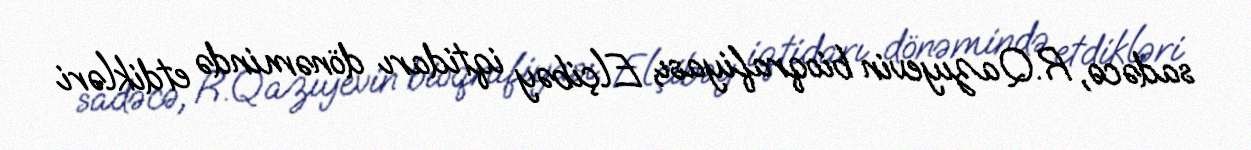
sadəcə, R.Qazıyevin bioqrafiyası, Elçibəy iqtidarı dönəmində etdikləri